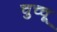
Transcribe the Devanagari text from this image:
चुच्चू